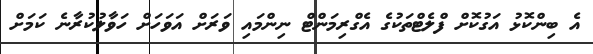
އެ ބިންކޮޅު އަގުކޮށް ފްލެޓްތަކުގެ އެގްރިމަންޓް ނިންމައި ވަރަށް އަވަހަށް ހަވާލުކުރާނެ ކަމަށް